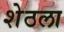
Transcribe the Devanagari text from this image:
शेठला